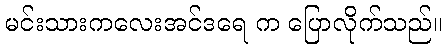
မင်းသားကလေးအင်ဒရေ က ပြောလိုက်သည်။